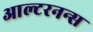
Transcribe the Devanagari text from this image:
आल्टरनन्स